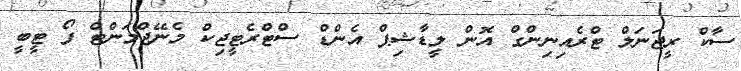
ސާކް ރީޖަނަލް ޓްރެއިނިންގް އޮން ލީޑާޝިޕް އެންޑް ސްޓްރެޓީޖިކް މެނޭޖްމަންޓް ފޯ ޓީބީ